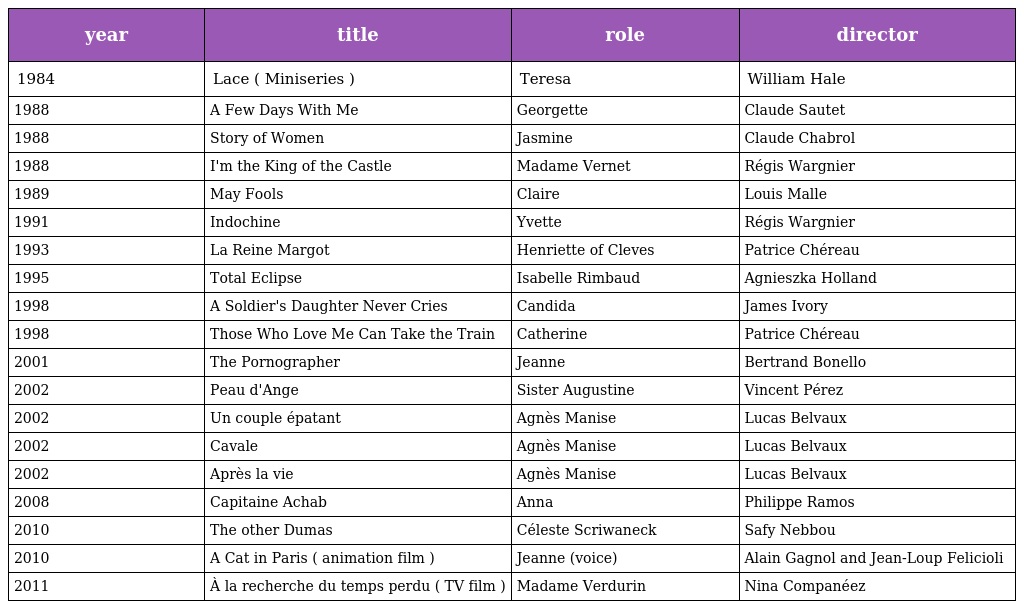
| year | title | role | director |
 | --- | --- | --- | --- |
 | 1984 | Lace ( Miniseries ) | Teresa | William Hale |
 | 1988 | A Few Days With Me | Georgette | Claude Sautet |
 | 1988 | Story of Women | Jasmine | Claude Chabrol |
 | 1988 | I'm the King of the Castle | Madame Vernet | Régis Wargnier |
 | 1989 | May Fools | Claire | Louis Malle |
 | 1991 | Indochine | Yvette | Régis Wargnier |
 | 1993 | La Reine Margot | Henriette of Cleves | Patrice Chéreau |
 | 1995 | Total Eclipse | Isabelle Rimbaud | Agnieszka Holland |
 | 1998 | A Soldier's Daughter Never Cries | Candida | James Ivory |
 | 1998 | Those Who Love Me Can Take the Train | Catherine | Patrice Chéreau |
 | 2001 | The Pornographer | Jeanne | Bertrand Bonello |
 | 2002 | Peau d'Ange | Sister Augustine | Vincent Pérez |
 | 2002 | Un couple épatant | Agnès Manise | Lucas Belvaux |
 | 2002 | Cavale | Agnès Manise | Lucas Belvaux |
 | 2002 | Après la vie | Agnès Manise | Lucas Belvaux |
 | 2008 | Capitaine Achab | Anna | Philippe Ramos |
 | 2010 | The other Dumas | Céleste Scriwaneck | Safy Nebbou |
 | 2010 | A Cat in Paris ( animation film ) | Jeanne (voice) | Alain Gagnol and Jean-Loup Felicioli |
 | 2011 | À la recherche du temps perdu ( TV film ) | Madame Verdurin | Nina Companéez |